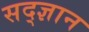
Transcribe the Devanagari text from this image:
सद्ज्ञान